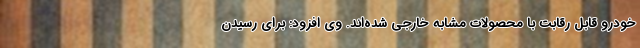
خودرو قابل رقابت با محصولات مشابه خارجی شده‌اند. وی افزود: برای رسیدن